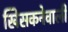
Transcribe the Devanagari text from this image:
खिसकनेवाली